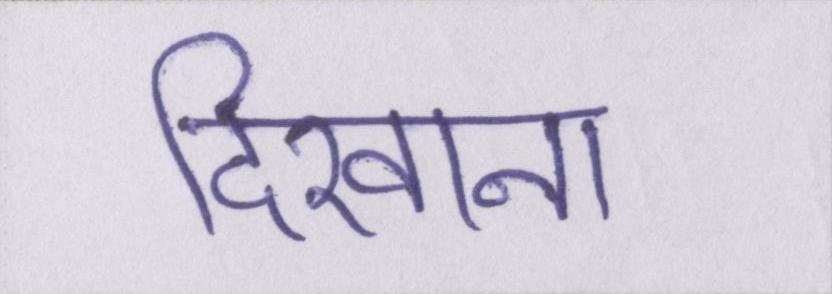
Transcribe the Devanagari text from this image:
दिखाना